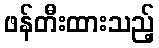
ဖန်တီးထားသည့်